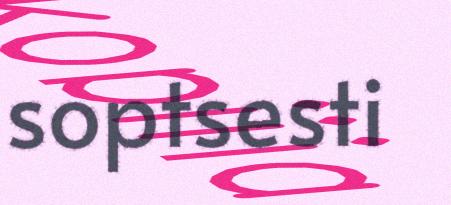
soptsesti